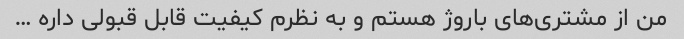
من از مشتری‌های باروژ هستم و به نظرم کیفیت قابل قبولی داره …